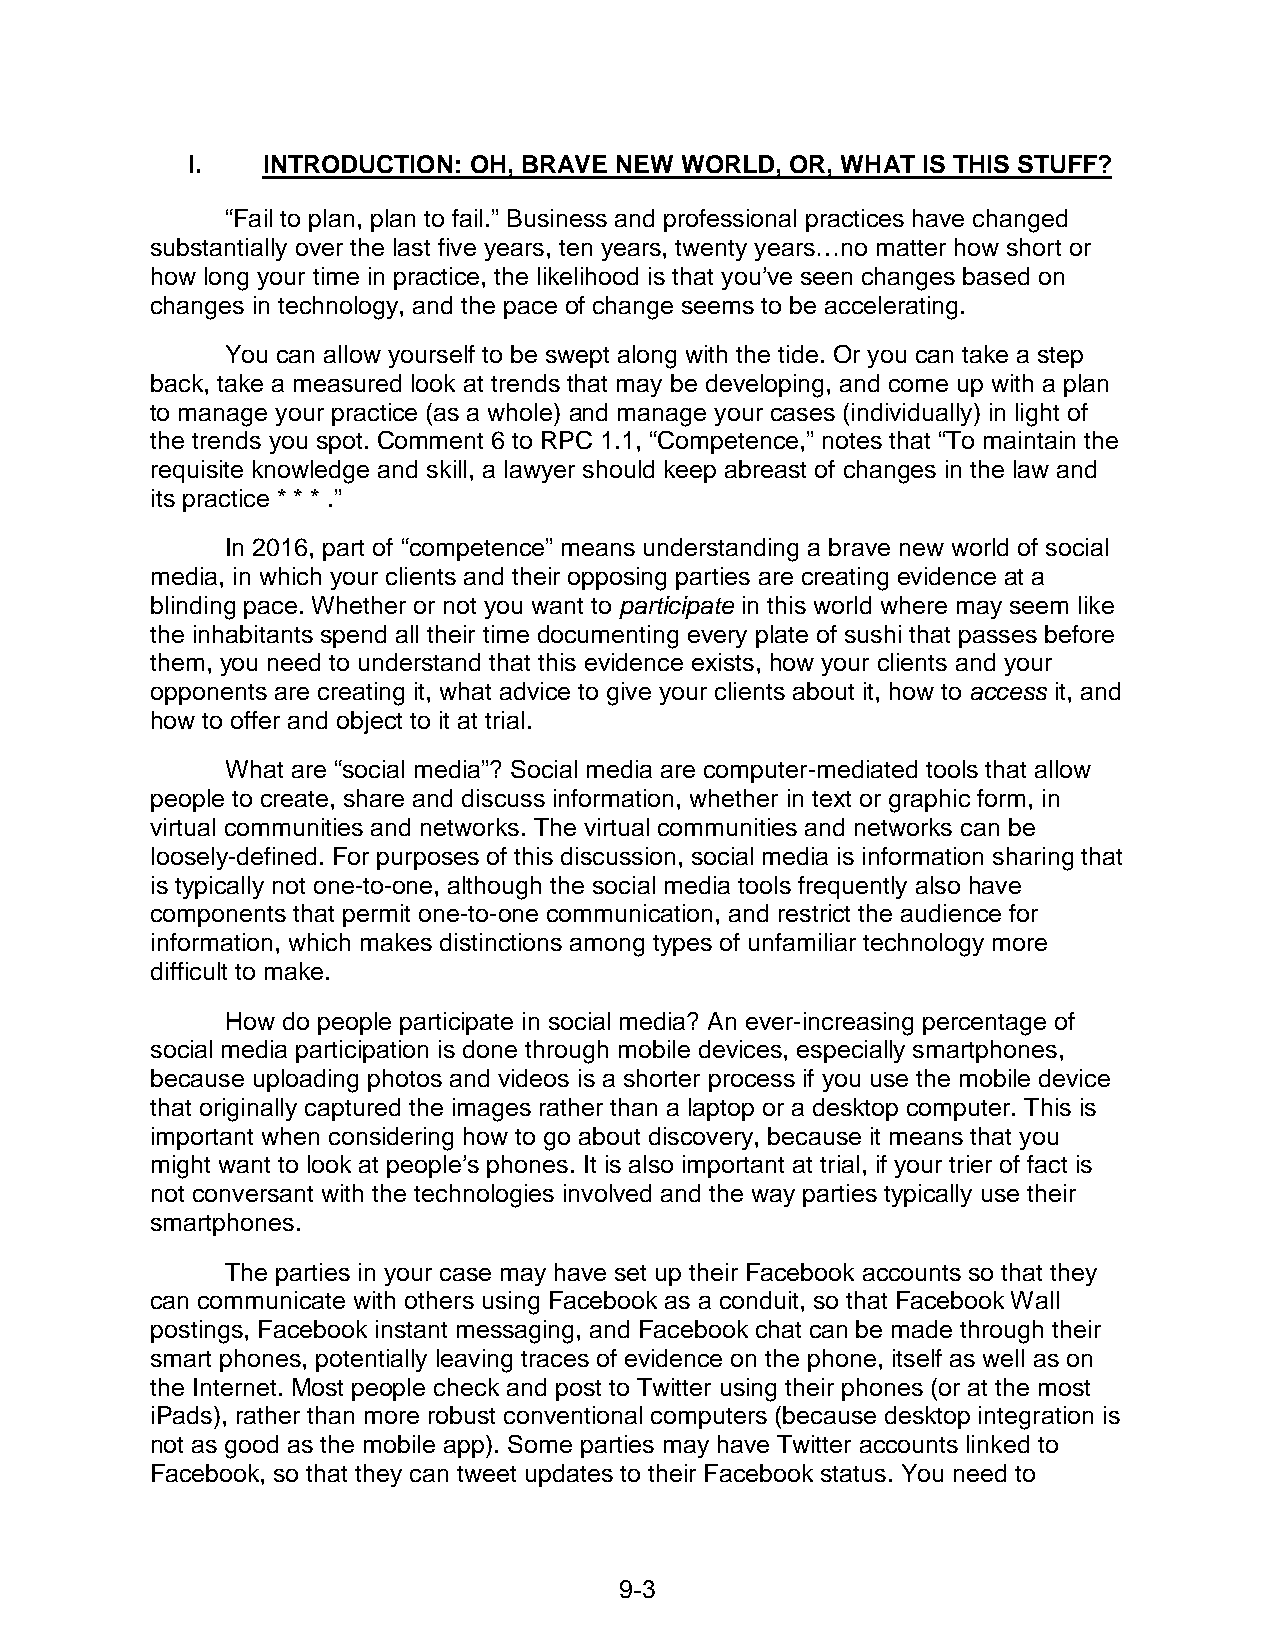
I.   INTRODUCTION: OH, BRAVE NEW WORLD, OR, WHAT IS THIS STUFF?
 “Fail to plan, plan to fail.” Business and professional practices have changed
 substantially over the last five years, ten years, twenty years…no matter how short or
 how long your time in practice, the likelihood is that you’ve seen changes based on
 changes in technology, and the pace of change seems to be accelerating.
 You can allow yourself to be swept along with the tide. Or you can take a step
 back, take a measured look at trends that may be developing, and come up with a plan
 to manage your practice (as a whole) and manage your cases (individually) in light of
 the trends you spot. Comment 6 to RPC 1.1, “Competence,” notes that “To maintain the
 requisite knowledge and skill, a lawyer should keep abreast of changes in the law and
 its practice * * * .”
 In 2016, part of “competence” means understanding a brave new world of social
 media, in which your clients and their opposing parties are creating evidence at a
 blinding pace. Whether or not you want to participate in this world where may seem like
 the inhabitants spend all their time documenting every plate of sushi that passes before
 them, you need to understand that this evidence exists, how your clients and your
 opponents are creating it, what advice to give your clients about it, how to access it, and
 how to offer and object to it at trial.
 What are “social media”? Social media are computer-mediated tools that allow
 people to create, share and discuss information, whether in text or graphic form, in
 virtual communities and networks. The virtual communities and networks can be
 loosely-defined. For purposes of this discussion, social media is information sharing that
 is typically not one-to-one, although the social media tools frequently also have
 components that permit one-to-one communication, and restrict the audience for
 information, which makes distinctions among types of unfamiliar technology more
 difficult to make.
 How do people participate in social media? An ever-increasing percentage of
 social media participation is done through mobile devices, especially smartphones,
 because uploading photos and videos is a shorter process if you use the mobile device
 that originally captured the images rather than a laptop or a desktop computer. This is
 important when considering how to go about discovery, because it means that you
 might want to look at people’s phones. It is also important at trial, if your trier of fact is
 not conversant with the technologies involved and the way parties typically use their
 smartphones.
 The parties in your case may have set up their Facebook accounts so that they
 can communicate with others using Facebook as a conduit, so that Facebook Wall
 postings, Facebook instant messaging, and Facebook chat can be made through their
 smart phones, potentially leaving traces of evidence on the phone, itself as well as on
 the Internet. Most people check and post to Twitter using their phones (or at the most
 iPads), rather than more robust conventional computers (because desktop integration is
 not as good as the mobile app). Some parties may have Twitter accounts linked to
 Facebook, so that they can tweet updates to their Facebook status. You need to
 9- 3